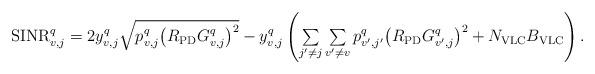
LaTeX: \begin{align*}\begin{array}{l}{\rm SINR}_{v,j}^q= 2y_{v,j}^q \sqrt{p_{v,j}^{q} {\left( {{R_{\rm{PD}}}{G_{v,j}^{q}}} \right)}^2} -y_{v,j}^q \left({\sum\limits_{j'\ne j} {\sum\limits_{v'\ne v} p_{v',j'}^{q} {\left( {{R_{\rm{PD}}}{G_{v',j}^{q}}} \right)}^2 } + N_{\rm VLC}B_{\rm VLC}} \right).\end{array}\end{align*}